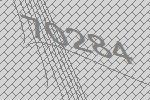
70284